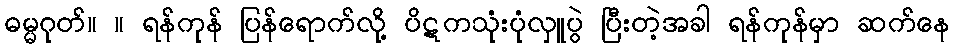
ဓမ္မဂုတ်။ ။ ရန်ကုန် ပြန်ရောက်လို့ ပိဋကသုံးပုံလှူပွဲ ပြီးတဲ့အခါ ရန်ကုန်မှာ ဆက်နေ